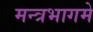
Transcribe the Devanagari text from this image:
मन्त्रभागमे